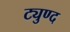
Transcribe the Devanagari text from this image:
ट्युण्द